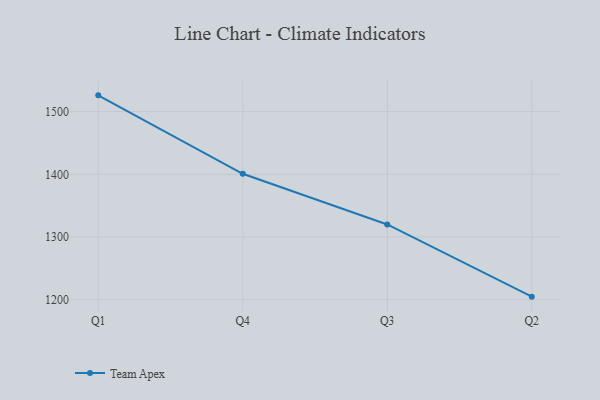
{"axis": {"x": "Quarter", "y": "Latency (ms)"}, "legend": ["Team Apex"], "data": [{"x": "Q1", "y": 1525.9, "type": "Team Apex"}, {"x": "Q4", "y": 1400.9, "type": "Team Apex"}, {"x": "Q3", "y": 1320.1, "type": "Team Apex"}, {"x": "Q2", "y": 1205.0, "type": "Team Apex"}]}